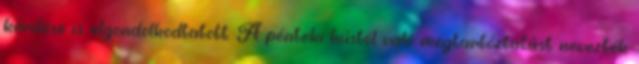
kérdése is elgondolkodtatott. A pénteki hústól való megtartóztatást nevezték